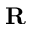
\textbf { R }